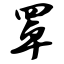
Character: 罩